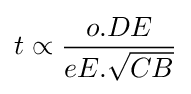
t\propto {\frac {o.DE}{eE.{\sqrt {CB}}}}